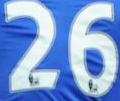
26